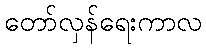
တော်လှန်ရေးကာလ